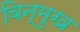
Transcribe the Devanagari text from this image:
विन्‍मुख